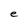
Character: e